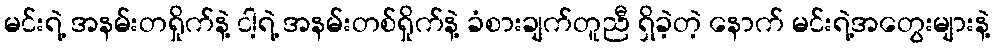
မင်းရဲ့ အနမ်းတရှိုက်နဲ့ ငါ့ရဲ့ အနမ်းတစ်ရှိုက်နဲ့ ခံစားချက်တူညီ ရှိခဲ့တဲ့ နောက် မင်းရဲ့အတွေးများနဲ့